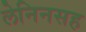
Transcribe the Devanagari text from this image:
लेनिनसह